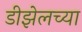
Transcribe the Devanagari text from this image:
डीझेलच्या